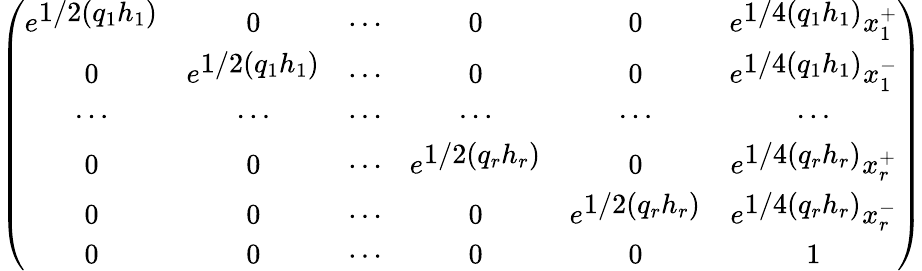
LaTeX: \left(\begin{array}{cccccc}{{e^{\textstyle 1/2(q_{1}h_{1})}}}&{{0}}&{{\cdots}}&{{0}}&{{0}}&{{e^{\textstyle 1/4(q_{1}h_{1})}x_{1}^{+}}}\\ {{0}}&{{e^{\textstyle 1/2(q_{1}h_{1})}}}&{{\cdots}}&{{0}}&{{0}}&{{e^{\textstyle 1/4(q_{1}h_{1})}x_{1}^{-}}}\\ {{\cdots}}&{{\cdots}}&{{\cdots}}&{{\cdots}}&{{\cdots}}&{{\cdots}}\\ {{0}}&{{0}}&{{\cdots}}&{{e^{\textstyle 1/2(q_{r}h_{r})}}}&{{0}}&{{e^{\textstyle 1/4(q_{r}h_{r})}x_{r}^{+}}}\\ {{0}}&{{0}}&{{\cdots}}&{{0}}&{{e^{\textstyle 1/2(q_{r}h_{r})}}}&{{e^{\textstyle 1/4(q_{r}h_{r})}x_{r}^{-}}}\\ {{0}}&{{0}}&{{\cdots}}&{{0}}&{{0}}&{{1}}\end{array}\right)